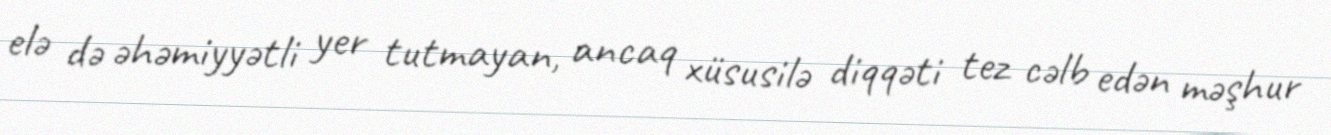
elə də əhəmiyyətli yer tutmayan, ancaq xüsusilə diqqəti tez cəlb edən məşhur